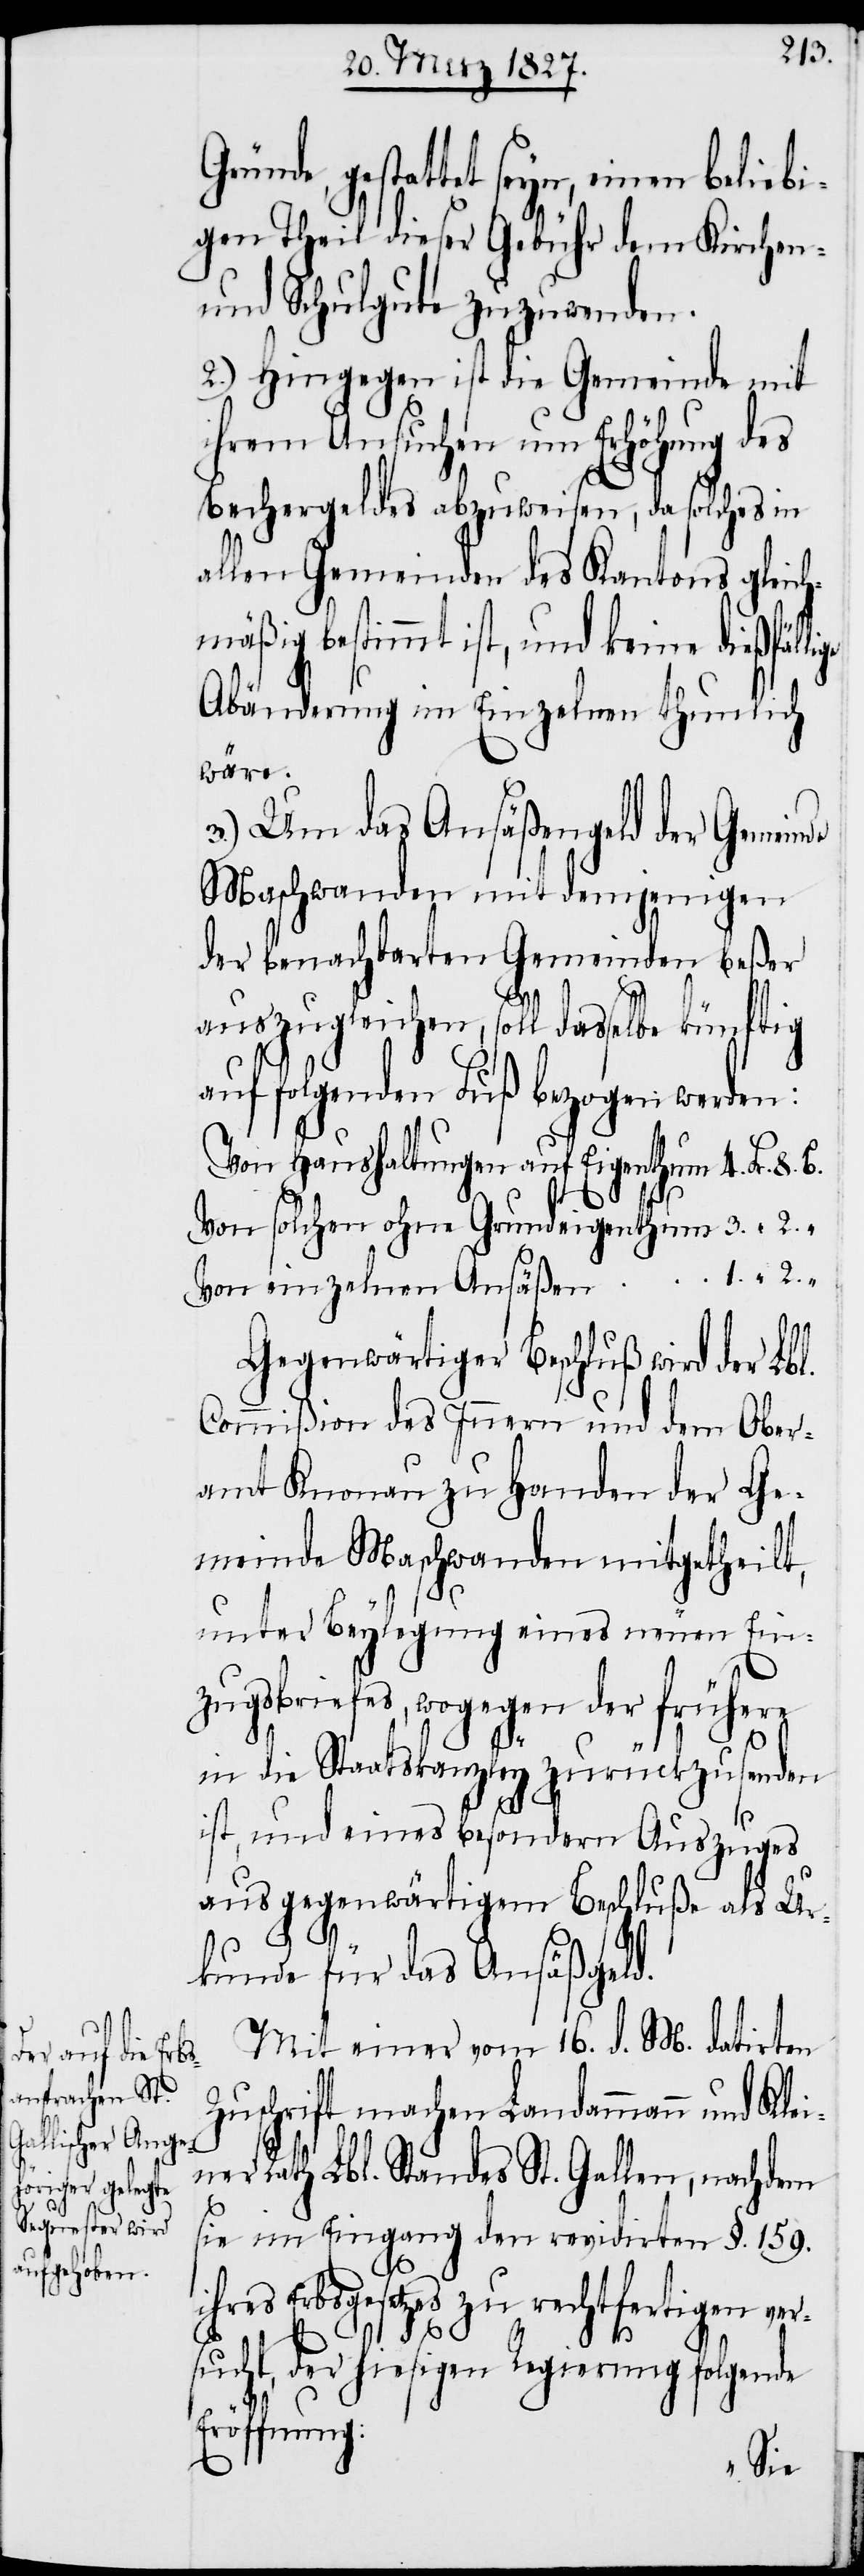
Gründe, gestattet seyn, einen beliebi¬
gen Theil dieser Gebühr dem Kirchen-
und Schulgute zuzuwenden.
2.) Hingegen ist die Gemeinde mit
ihrem Ansuchen um Erhöhung des
Bechergeldes abzuweisen, da solches in
allen Gemeinden des Kantons gleich¬
mäßig bestimmt ist, und keine dießfälli¬
Abänderung im Einzelnen thunlich
wäre.
3.) Um das Ansäßengeld der Gemeinde
Maschwanden mit demjenigen
der benachbarten Gemeinden beßer
auszugleichen, soll dasselbe künftig
auf folgenden Fuß bezogen werden:
Von Haushaltungen auf Eigenthum		4.	Fr.	8.
Von solchen ohne Grundeigenthum		3.
Von einzelnen Ansäßen		1.
Gegenwärtiger Beschluß wird der Lbl.
Commißion des Innern und dem Ober¬
amt Knonau zu Handen der Ge¬
meinde Maschwanden mitgetheilt,
unter Beylegung eines neuen Ein¬
zugsbriefes, wogegen der frühere
in die Staatskanzley zurückzusenden
ist, und eines besondern Auszuges
ge
aus gegenwärtigem Beschluße als Ur¬
kunde für das Ansäßgeld.
Mit einer vom 16. d. M. datirten
Zuschrift machen Landammann und Klei¬
ner Rath Lbl. Standes St. Gallen, nachdem
sie im Eingang den revidirten §. 159.
Erbsgesetzes zu rechtfertigen ver¬
sucht, der hiesigen Regierung folgende
Eröffnung: